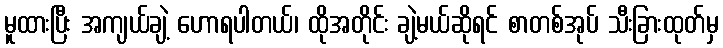
မူထားပြီး အကျယ်ချဲ့ ဟောရပါတယ်၊ ထိုအတိုင်း ချဲ့မယ်ဆိုရင် စာတစ်အုပ် သီးခြားထုတ်မှ